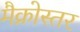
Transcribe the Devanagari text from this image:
मैक्रोस्तर